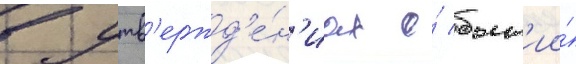
в утв'ержд'е́н'иах о́ быт'ии́